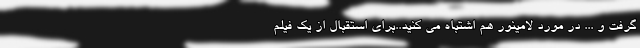
گرفت و ... در مورد لامینور هم اشتباه می کنید..برای استقبال از یک فیلم